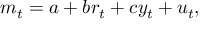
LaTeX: m _ { t } = a + b r _ { t } + c y _ { t } + u _ { t } ,